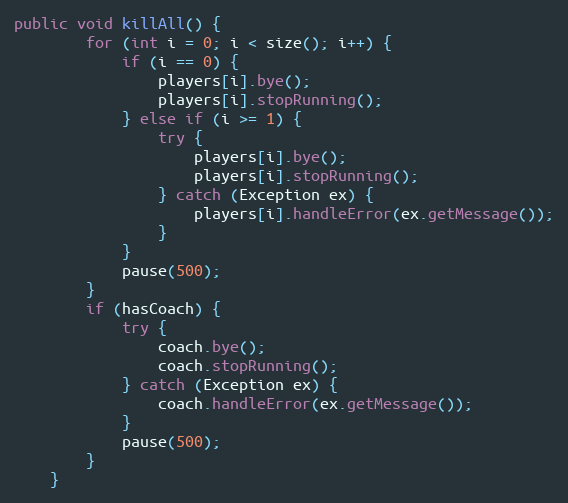
Language: Java
public void killAll() {
        for (int i = 0; i < size(); i++) {
            if (i == 0) {
                players[i].bye();
                players[i].stopRunning();
            } else if (i >= 1) {
                try {
                    players[i].bye();
                    players[i].stopRunning();
                } catch (Exception ex) {
                    players[i].handleError(ex.getMessage());
                }
            }
            pause(500);
        }
        if (hasCoach) {
            try {
                coach.bye();
                coach.stopRunning();
            } catch (Exception ex) {
                coach.handleError(ex.getMessage());
            }
            pause(500);
        }
    }